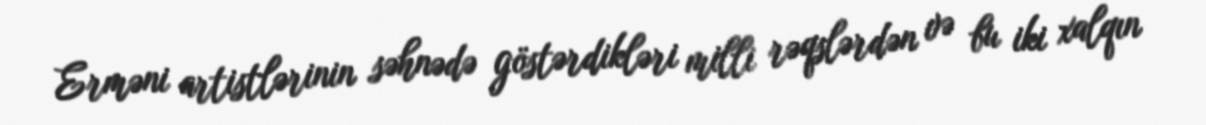
Erməni artistlərinin səhnədə göstərdikləri milli rəqslərdən və bu iki xalqın